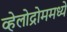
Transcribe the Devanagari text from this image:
व्हेलोद्रोममध्ये